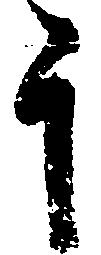
于